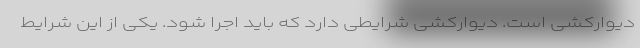
دیوارکشی است. دیوارکشی شرایطی دارد که باید اجرا شود. یکی از این شرایط